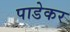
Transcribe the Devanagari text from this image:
पाडेकर